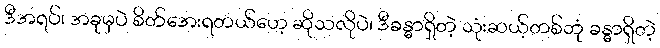
ဒီအရပ်၊ အခုမှပဲ စိတ်အေးရတယ်ဟေ့ ဆိုသလိုပဲ၊ ဒီခန္ဓာရှိတဲ့ သုံးဆယ့်တစ်ဘုံ ခန္ဓာရှိတဲ့